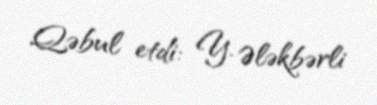
Qəbul etdi: Y. Ələkbərli